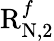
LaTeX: \mathrm{R}_{\mathrm{N},2}^{f}